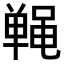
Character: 𬹤